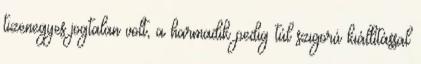
tizenegyes jogtalan volt, a harmadik pedig túl szigorú kiállítással